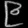
Digit: ၉